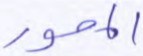
المحور